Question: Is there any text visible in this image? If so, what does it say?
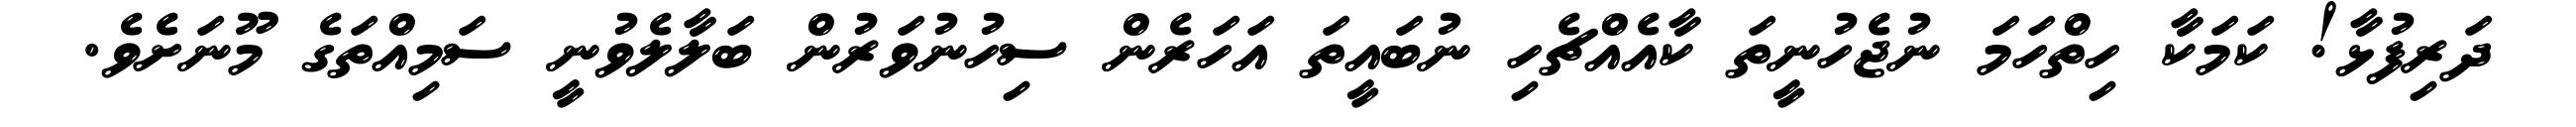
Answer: ދަރިފުޅާ! ކަމަކާ ހިތްހަމަ ނުޖެހުނީތަ ކާއެއްޗެހި ނުބައީތަ އަހަރެން ސިހުނުވަރުން ބަލާލެވުނީ ސަމިއްތަގެ މޫނަށެވެ.